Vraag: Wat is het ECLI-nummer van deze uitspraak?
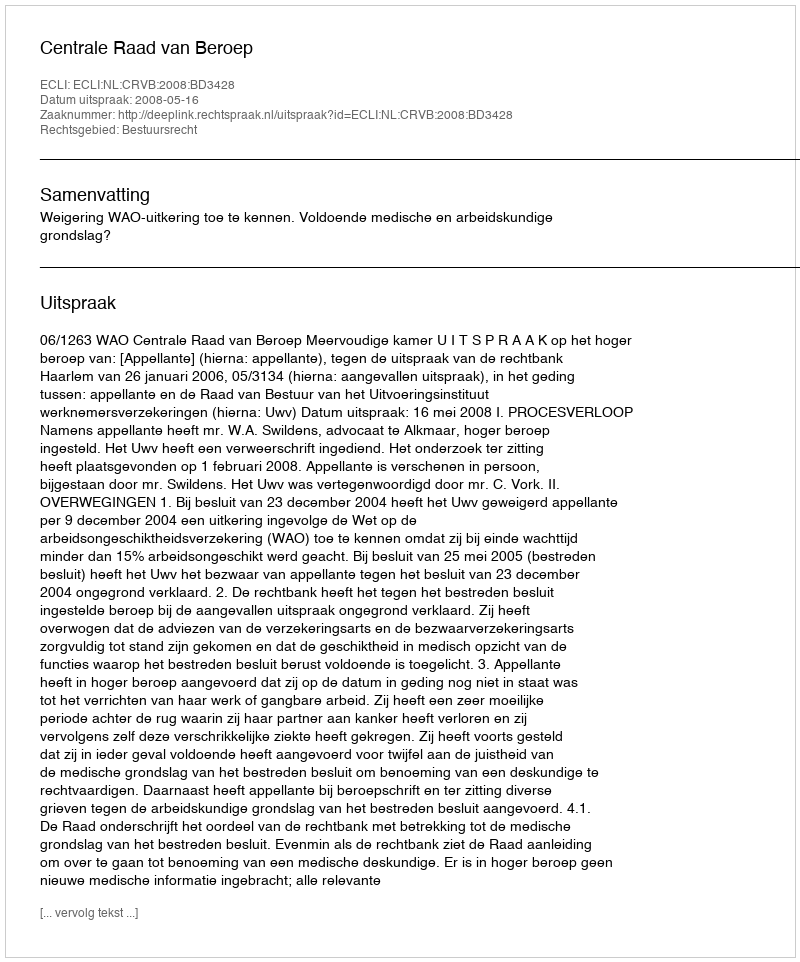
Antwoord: ECLI:NL:CRVB:2008:BD3428